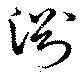
渕